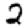
Digit: 2